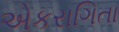
એકરાગિતા